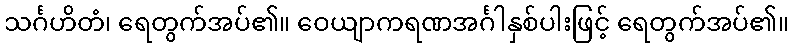
သင်္ဂဟိတံ၊ ရေတွက်အပ်၏။ ဝေယျာကရဏအင်္ဂါနှစ်ပါးဖြင့် ရေတွက်အပ်၏။